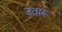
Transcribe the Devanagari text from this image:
उतांरू